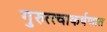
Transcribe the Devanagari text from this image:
गुरुत्त्वाकर्षणात